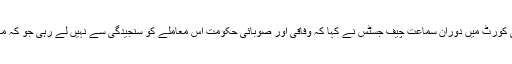
اسلام آباد ہائی کورٹ میں دوران سماعت چیف جسٹس نے کہا کہ وفاقی اور صوبائی حکومت اس معاملے کو سنجیدگی سے نہیں لے رہی جو کہ مایوس کن ہے۔